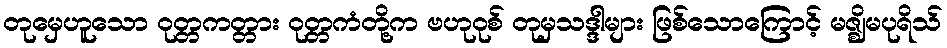
တုမှေဟူသော ဝုတ္တကတ္တား ဝုတ္တကံတို့က ဗဟုဝုစ် တုမှသဒ္ဒါများ ဖြစ်သောကြောင့် မဇ္ဈိမပုရိသ်